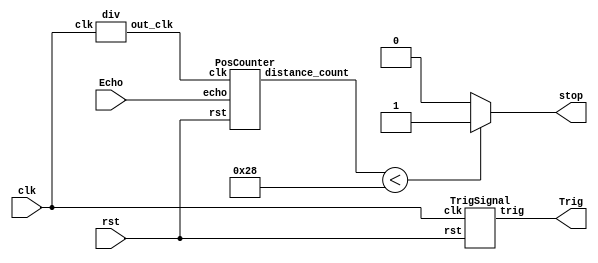
module sonic_top(clk, rst, Echo, Trig, stop);
	input clk, rst, Echo;
	output Trig, stop;

	wire[19:0] dis;
	wire[19:0] d;
    wire clk1M;
	wire clk_2_17;

    div clk1(clk ,clk1M);
	TrigSignal u1(.clk(clk), .rst(rst), .trig(Trig));
	PosCounter u2(.clk(clk1M), .rst(rst), .echo(Echo), .distance_count(dis));

    // [TO-DO] calculate the right distance to trig stop(triggered when the distance is lower than 40 cm)
    // Hint: using "dis"
    //modified by 109062320
    assign stop = (dis < 20'd40) ? 1'b1 : 1'b0;
 
endmodule

module PosCounter(clk, rst, echo, distance_count); 
    input clk, rst, echo;
    output[19:0] distance_count;

    parameter S0 = 2'b00;
    parameter S1 = 2'b01; 
    parameter S2 = 2'b10;
    
    wire start, finish;
    reg[1:0] curr_state, next_state;
    reg echo_reg1, echo_reg2;
    reg[19:0] count, next_count, distance_register, next_distance;
    wire[19:0] distance_count; 

    always@(posedge clk) begin
        if(rst) begin
            echo_reg1 <= 1'b0;
            echo_reg2 <= 1'b0;
            count <= 20'b0;
            distance_register <= 20'b0;
            curr_state <= S0;
        end
        else begin
            echo_reg1 <= echo;   
            echo_reg2 <= echo_reg1; //echo last cycle
            count <= next_count;
            distance_register <= next_distance;
            curr_state <= next_state;
        end
    end

    always @(*) begin
        case(curr_state)
            S0: begin
                next_distance = distance_register;
                if (start) begin
                    next_state = S1;
                    next_count = count;
                end else begin
                    next_state = curr_state;
                    next_count = 20'b0;
                end 
            end
            S1: begin
                next_distance = distance_register;
                if (finish) begin
                    next_state = S2;
                    next_count = count;
                end else begin
                    next_state = curr_state;
                    next_count = (count > 20'd600_000) ? count : count + 1'b1;
                end 
            end
            S2: begin
                next_distance = count;
                next_count = 20'b0;
                next_state = S0;
            end
            default: begin
                next_distance = 20'b0;
                next_count = 20'b0;
                next_state = S0;
            end
        endcase
    end
    //modified by 109062320
    assign distance_count = distance_register * 20'd340 / 10000 / 2;
    //1M_HZ --> update every 10^(-6) sec --> miuS
    //(10^(-6)) * (m/s) / (10^(4)) / 2 = (10^(-2))(m/s) / 2 = (cm / s) / 2
    assign start = echo_reg1 & ~echo_reg2;  
    assign finish = ~echo_reg1 & echo_reg2; 
endmodule

module TrigSignal(clk, rst, trig);
    input clk, rst;
    output trig;

    reg trig, next_trig;
    reg[23:0] count, next_count;

    always @(posedge clk, posedge rst) begin
        if (rst) begin
            count <= 24'b0;
            trig <= 1'b0;
        end
        else begin
            count <= next_count;
            trig <= next_trig;
        end
    end

    always @(*) begin
        next_trig = trig;
        next_count = count + 1'b1;
        if(count == 24'd999)
            next_trig = 1'b0;
        else if(count == 24'd9999999) begin
            next_trig = 1'b1;
            next_count = 24'd0;
        end
    end
endmodule

module div(clk ,out_clk);
    input clk;
    output out_clk;
    reg out_clk;
    reg [6:0]cnt;
    
    always @(posedge clk) begin   
        if(cnt < 7'd50) begin
            cnt <= cnt + 1'b1;
            out_clk <= 1'b1;
        end 
        else if(cnt < 7'd100) begin
	        cnt <= cnt + 1'b1;
	        out_clk <= 1'b0;
        end
        else if(cnt == 7'd100) begin
            cnt <= 7'b0;
            out_clk <= 1'b1;
        end
        else begin 
            cnt <= 7'b0;
            out_clk <= 1'b1;
        end
    end
endmodule